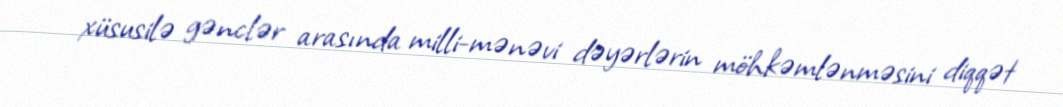
xüsusilə gənclər arasında milli-mənəvi dəyərlərin möhkəmlənməsini diqqət